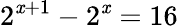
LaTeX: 2^{\mathit{x}+1}-2^{\mathit{x}}=16